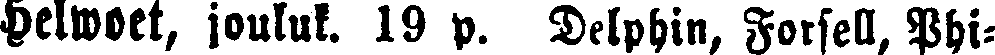
Helwoet, jouluk. 19 p. Delphin, Forsell, Phi-